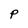
Character: P